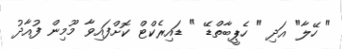
" ހޭލާ" އަދި " ހެޕީބާތްޑޭ " ޑައިރެކްޓް ކޮށްފައިވާ މޫމިން ފުއާދު